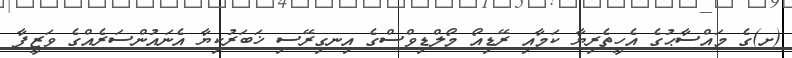
(ށ)ގެ މައްސާޙުގެ އެހީތެރިޔާ ކަމާއި ރޭޑިއޯ މޯލްޑިވްސްގެ އިނގިރޭސި ޚަބަރުކިޔާ އެނައުންސަރެއްގެ ވަޒީފާ